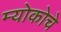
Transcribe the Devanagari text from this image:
म्योकोचे